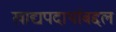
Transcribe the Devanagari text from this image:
खाद्यपदार्थाबद्दल